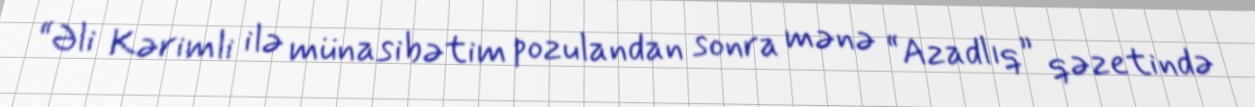
“Əli Kərimli ilə münasibətim pozulandan sonra mənə “Azadlıq” qəzetində